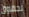
لحقوق